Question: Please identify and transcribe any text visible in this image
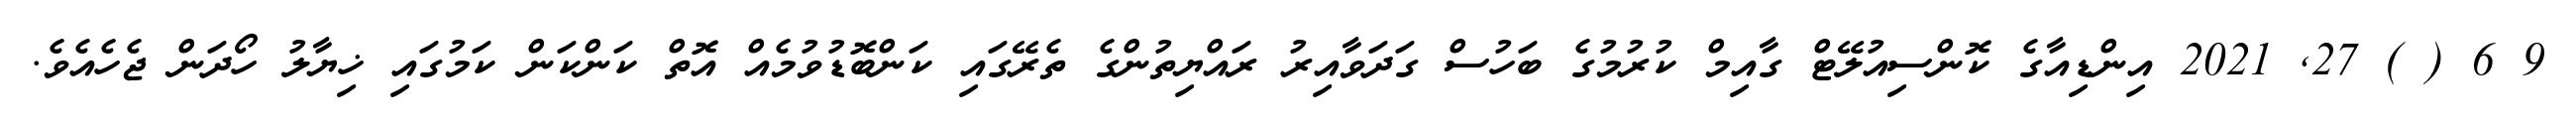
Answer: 9 6 ( ) 27, 2021 އިންޑިއާގެ ކޮންސިއުލޭޓް ގާއިމް ކުރުމުގެ ބަހުސް ގަދަވާއިރު ރައްޔިތުންގެ ތެރޭގައި ކަންބޮޑުވުމެއް އޮތް ކަންކަން ކަމުގައި ޚިޔާލު ހޯދަން ޖެހެއެވެ.